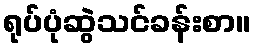
ရုပ်ပုံဆွဲသင်ခန်းစာ။